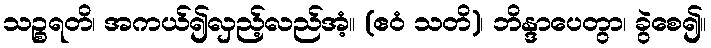
သဉ္စရတိ၊ အကယ်၍လှည့်လည်အံ့။ (ဧဝံ သတိ)၊ ဘိန္ဒာပေတွာ၊ ခွဲစေ၍။